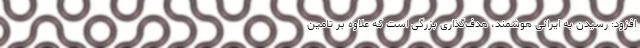
افزود: رسیدن به ایرانی هوشمند، هدف‌گذاری بزرگی است که علاوه بر تامین